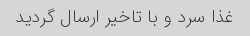
غذا سرد و با تاخیر ارسال گردید